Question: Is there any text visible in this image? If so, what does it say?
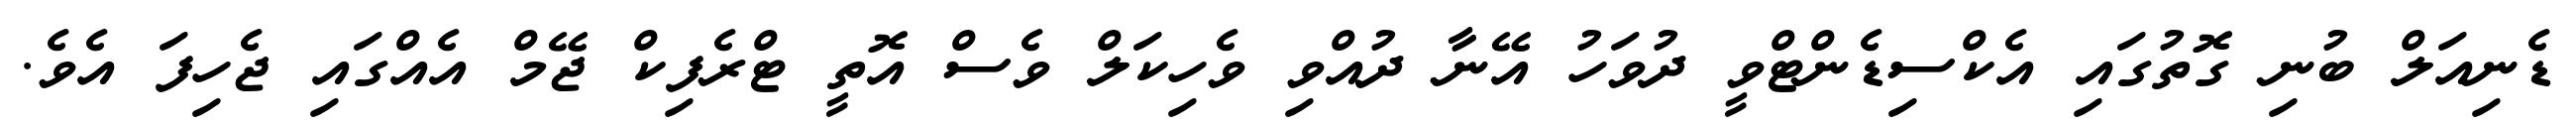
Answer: ޑެނިއަލް ބުނި ގޮތުގައި އެކްސިޑެންޓްވީ ދުވަހު އޭނާ ދުއްވި ވެހިކަލް ވެސް އޮތީ ޓްރެފިކް ޖޭމް އެއްގައި ޖެހިފަ އެވެ.